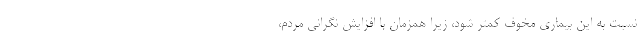
نسبت به این بیماری مخوف کمتر شود، زیرا همزمان با افزایش نگرانی مردم،